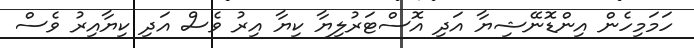
ހަމަމިހެން އިންޑޮނޭޝިޔާ އަދި އޮސްޓަރުލިޔާ ކިޔާ އިރު ވެސް އަދި ކިޔާއިރު ވެސް